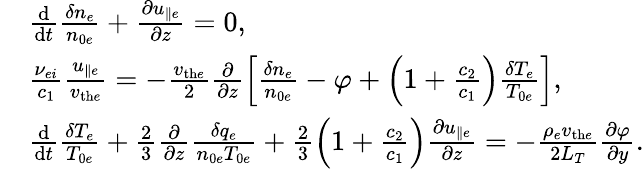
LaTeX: \begin{array}{rl}&{\frac{\mathrm{d}}{\mathrm{d}t}\frac{\delta n_{e}}{n_{0e}}+\frac{\partial u_{\parallel e}}{\partial z}=0,}\\ &{\frac{\nu_{ei}}{c_{1}}\frac{u_{\parallel e}}{v_{\mathrm{th}e}}=-\frac{v_{\mathrm{th}e}}{2}\frac{\partial}{\partial z}\left[\frac{\delta n_{e}}{n_{0e}}-\varphi+\left(1+\frac{c_{2}}{c_{1}}\right)\frac{\delta T_{e}}{T_{0e}}\right],}\\ &{\frac{\mathrm{d}}{\mathrm{d}t}\frac{\delta T_{e}}{T_{0e}}+\frac{2}{3}\frac{\partial}{\partial z}\frac{\delta q_{e}}{n_{0e}T_{0e}}+\frac{2}{3}\left(1+\frac{c_{2}}{c_{1}}\right)\frac{\partial u_{\parallel e}}{\partial z}=-\frac{\rho_{e}v_{\mathrm{th}e}}{2L_{T}}\frac{\partial\varphi}{\partial y}.}\end{array}